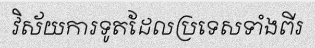
វិស័យការទូតដែលប្រទេសទាំងពីរ